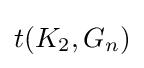
t(K_{2},G_{n})